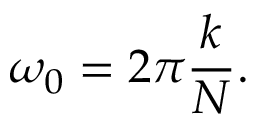
\omega _ { 0 } = 2 \pi { \frac { k } { N } } .